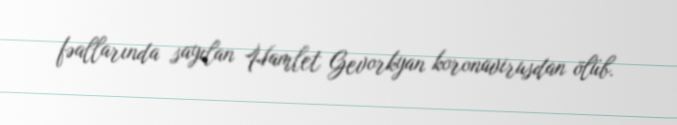
fəallarında sayılan Hamlet Gevorkyan koronavirusdan ölüb.